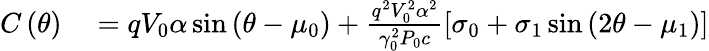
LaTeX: \begin{array}{rl}{C\left(\theta\right)}&{{}=qV_{0}\alpha\sin\left(\theta-\mu_{0}\right)+\frac{q^{2}V_{0}^{2}\alpha^{2}}{\gamma_{0}^{2}P_{0}c}\left[\sigma_{0}+\sigma_{1}\sin\left(2\theta-\mu_{1}\right)\right]}\end{array}